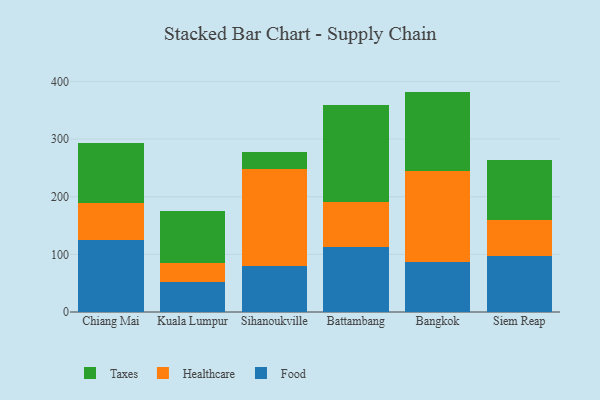
{"axis": {"x": "City", "y": "Inventory Turnover"}, "legend": ["Food", "Healthcare", "Taxes"], "data": [{"x": "Chiang Mai", "y": 125.0, "type": "Food"}, {"x": "Chiang Mai", "y": 63.4, "type": "Healthcare"}, {"x": "Chiang Mai", "y": 104.2, "type": "Taxes"}, {"x": "Kuala Lumpur", "y": 51.9, "type": "Food"}, {"x": "Kuala Lumpur", "y": 33.3, "type": "Healthcare"}, {"x": "Kuala Lumpur", "y": 90.2, "type": "Taxes"}, {"x": "Sihanoukville", "y": 80.2, "type": "Food"}, {"x": "Sihanoukville", "y": 167.6, "type": "Healthcare"}, {"x": "Sihanoukville", "y": 29.8, "type": "Taxes"}, {"x": "Battambang", "y": 112.1, "type": "Food"}, {"x": "Battambang", "y": 78.0, "type": "Healthcare"}, {"x": "Battambang", "y": 168.2, "type": "Taxes"}, {"x": "Bangkok", "y": 87.3, "type": "Food"}, {"x": "Bangkok", "y": 156.5, "type": "Healthcare"}, {"x": "Bangkok", "y": 138.6, "type": "Taxes"}, {"x": "Siem Reap", "y": 96.6, "type": "Food"}, {"x": "Siem Reap", "y": 62.3, "type": "Healthcare"}, {"x": "Siem Reap", "y": 105.3, "type": "Taxes"}]}